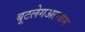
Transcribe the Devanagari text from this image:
बूटलेगअलबम